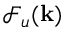
\mathcal { F } _ { u } ( { \bf k } )